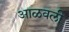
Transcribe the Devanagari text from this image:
आळवली